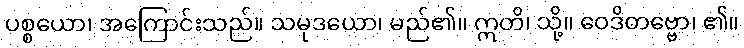
ပစ္စယော၊ အကြောင်းသည်။ သမုဒယော၊ မည်၏။ ဣတိ၊ သို့။ ဝေဒိတဗ္ဗော၊ ၏။